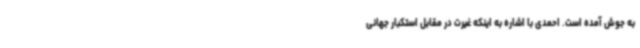
به جوش آمده است. احمدی با اشاره به اینکه غیرت در مقابل استکبار جهانی